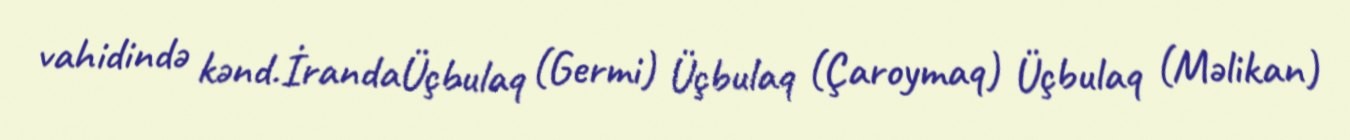
vahidində kənd.İrandaÜçbulaq (Germi) Üçbulaq (Çaroymaq) Üçbulaq (Məlikan)